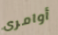
أوامرى